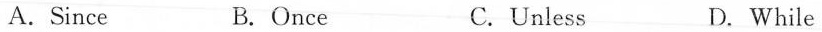
A. Since B. Once C. Unless D. While